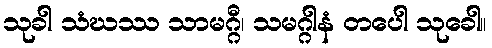
သုခါ သံဃဿ သာမဂ္ဂီ၊ သမဂ္ဂါနံ တပေါ သုခေါ။